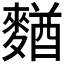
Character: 𪍑